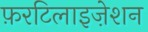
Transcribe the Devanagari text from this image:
फ़रटिलाइज़ेशन